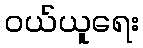
ဝယ်ယူရေး